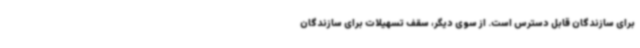
برای سازندگان قابل دسترس است. از سوی دیگر، سقف تسهیلات برای سازندگان